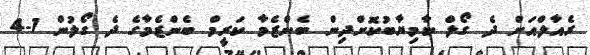
ރެއާލްއަށް ދެ ގޯލް ކާމިޔާބުކޮށްދިން ބެންޒެމާ ކަރީމް ބެންޒެމާގެ ދެ ގޯލުން 1-4